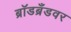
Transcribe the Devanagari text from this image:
ब्रॉडब्रँडवर